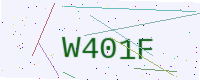
Text: W401F